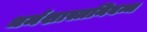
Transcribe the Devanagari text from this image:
धर्मशास्त्रनिबन्ध